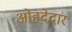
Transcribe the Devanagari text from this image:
ओहदेदार